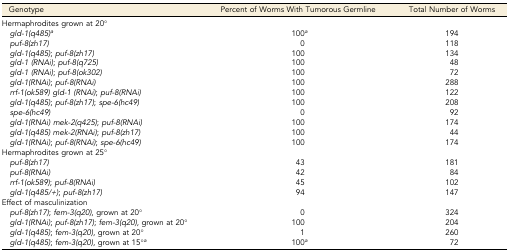
<table><thead><tr><td><b>Genotype</b></td><td><b>Percent of Worms With Tumorous Germline</b></td><td><b>Total Number of Worms</b></td></tr></thead><tbody><tr><td>Hermaphrodites grown at 20°</td><td></td><td></td></tr><tr><td> <i>gld-1(q485)</i><i><sup>a</sup></i></td><td>100<i><sup>a</sup></i></td><td>194</td></tr><tr><td><i> puf-8(zh17)</i></td><td>0</td><td>118</td></tr><tr><td><i> gld-1(q485)</i>; <i>puf-8(zh17)</i></td><td>100</td><td>134</td></tr><tr><td><i> gld-1 (RNAi)</i>; <i>puf-8(q725)</i></td><td>100</td><td>48</td></tr><tr><td><i> gld-1 (RNAi)</i>; <i>puf-8(ok302)</i></td><td>100</td><td>72</td></tr><tr><td><i> gld-1(RNAi)</i>; <i>puf-8(RNAi)</i></td><td>100</td><td>288</td></tr><tr><td><i> rrf-1(ok589) gld-1 (RNAi)</i>; <i>puf-8(RNAi)</i></td><td>100</td><td>122</td></tr><tr><td><i> gld-1(q485)</i>; <i>puf-8(zh17)</i>; <i>spe-6(hc49)</i></td><td>100</td><td>208</td></tr><tr><td><i> spe-6(hc49)</i></td><td>0</td><td>92</td></tr><tr><td><i> gld-1(RNAi) mek-2(q425)</i>; <i>puf-8(RNAi)</i></td><td>100</td><td>174</td></tr><tr><td><i> gld-1(q485) mek-2(RNAi)</i>; <i>puf-8(zh17)</i></td><td>100</td><td>44</td></tr><tr><td><i> gld-1(RNAi)</i>; <i>puf-8(RNAi)</i>; <i>spe-6(hc49)</i></td><td>100</td><td>174</td></tr><tr><td>Hermaphrodites grown at 25°</td><td></td><td></td></tr><tr><td><i> puf-8(zh17)</i></td><td>43</td><td>181</td></tr><tr><td><i> puf-8(RNAi)</i></td><td>42</td><td>84</td></tr><tr><td><i> rrf-1(ok589)</i>; <i>puf-8(RNAi)</i></td><td>45</td><td>102</td></tr><tr><td><i> gld-1(q485/+)</i>; <i>puf-8(zh17)</i></td><td>94</td><td>147</td></tr><tr><td>Effect of masculinization</td><td></td><td></td></tr><tr><td><i> puf-8(zh17)</i>; <i>fem-3(q20)</i>, grown at 20°</td><td>0</td><td>324</td></tr><tr><td><i> gld-1(RNAi)</i>; <i>puf-8(zh17)</i>; <i>fem-3(q20)</i>, grown at 20°</td><td>100</td><td>204</td></tr><tr><td><i> gld-1(q485)</i>; <i>fem-3(q20)</i>, grown at 20°</td><td>1</td><td>260</td></tr><tr><td> <i>gld-1(q485)</i>; <i>fem-3(q20)</i>, grown at 15°<i><sup>a</sup></i></td><td>100<i><sup>a</sup></i></td><td>72</td></tr></tbody></table>